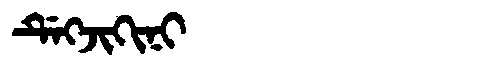
Manchu: ᡩᡝᡴᠵᡳᡴᡳᠨᡳ
Romanization: DEKJIKINI